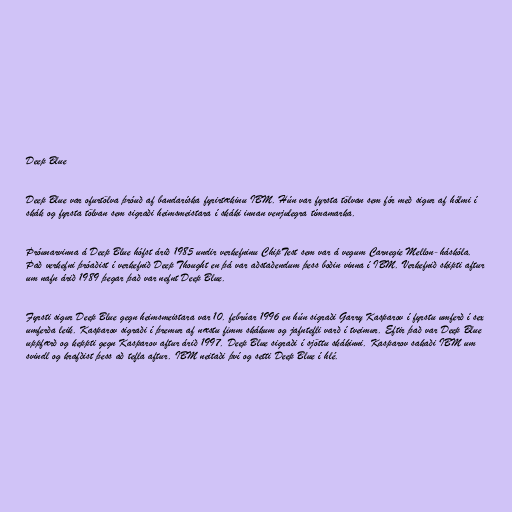
Deep Blue

Deep Blue var ofurtölva þróuð af bandaríska fyrirtækinu IBM. Hún var fyrsta tölvan sem fór með sigur af hólmi í
skák og fyrsta tölvan sem sigraði heimsmeistara í skáki innan venjulegra tímamarka.

Þróunarvinna á Deep Blue hófst árið 1985 undir verkefninu ChipTest sem var á vegum Carnegie Mellon-háskóla.
Það verkefni þróaðist í verkefnið Deep Thought en þá var aðstaðendum þess boðin vinna í IBM. Verkefnið skipti aftur
um nafn árið 1989 þegar það var nefnt Deep Blue.

Fyrsti sigur Deep Blue gegn heimsmeistara var 10. febrúar 1996 en hún sigraði Garry Kasparov í fyrstu umferð í sex
umferða leik. Kasparov sigraði í þremur af næstu fimm skákum og jafntefli varð í tveimur. Eftir það var Deep Blue
uppfærð og keppti gegn Kasparov aftur árið 1997. Deep Blue sigraði í sjöttu skákinni. Kasparov sakaði IBM um
svindl og krafðist þess að tefla aftur. IBM neitaði því og setti Deep Blue í hlé.